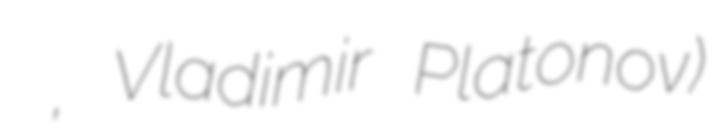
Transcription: Петро́вич Плато́нов, Vladimir Platonov)